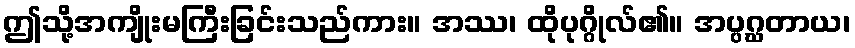
ဤသို့အကျိုးမကြီးခြင်းသည်ကား။ အဿ၊ ထိုပုဂ္ဂိုလ်၏။ အပ္ပဂ္ဃတာယ၊